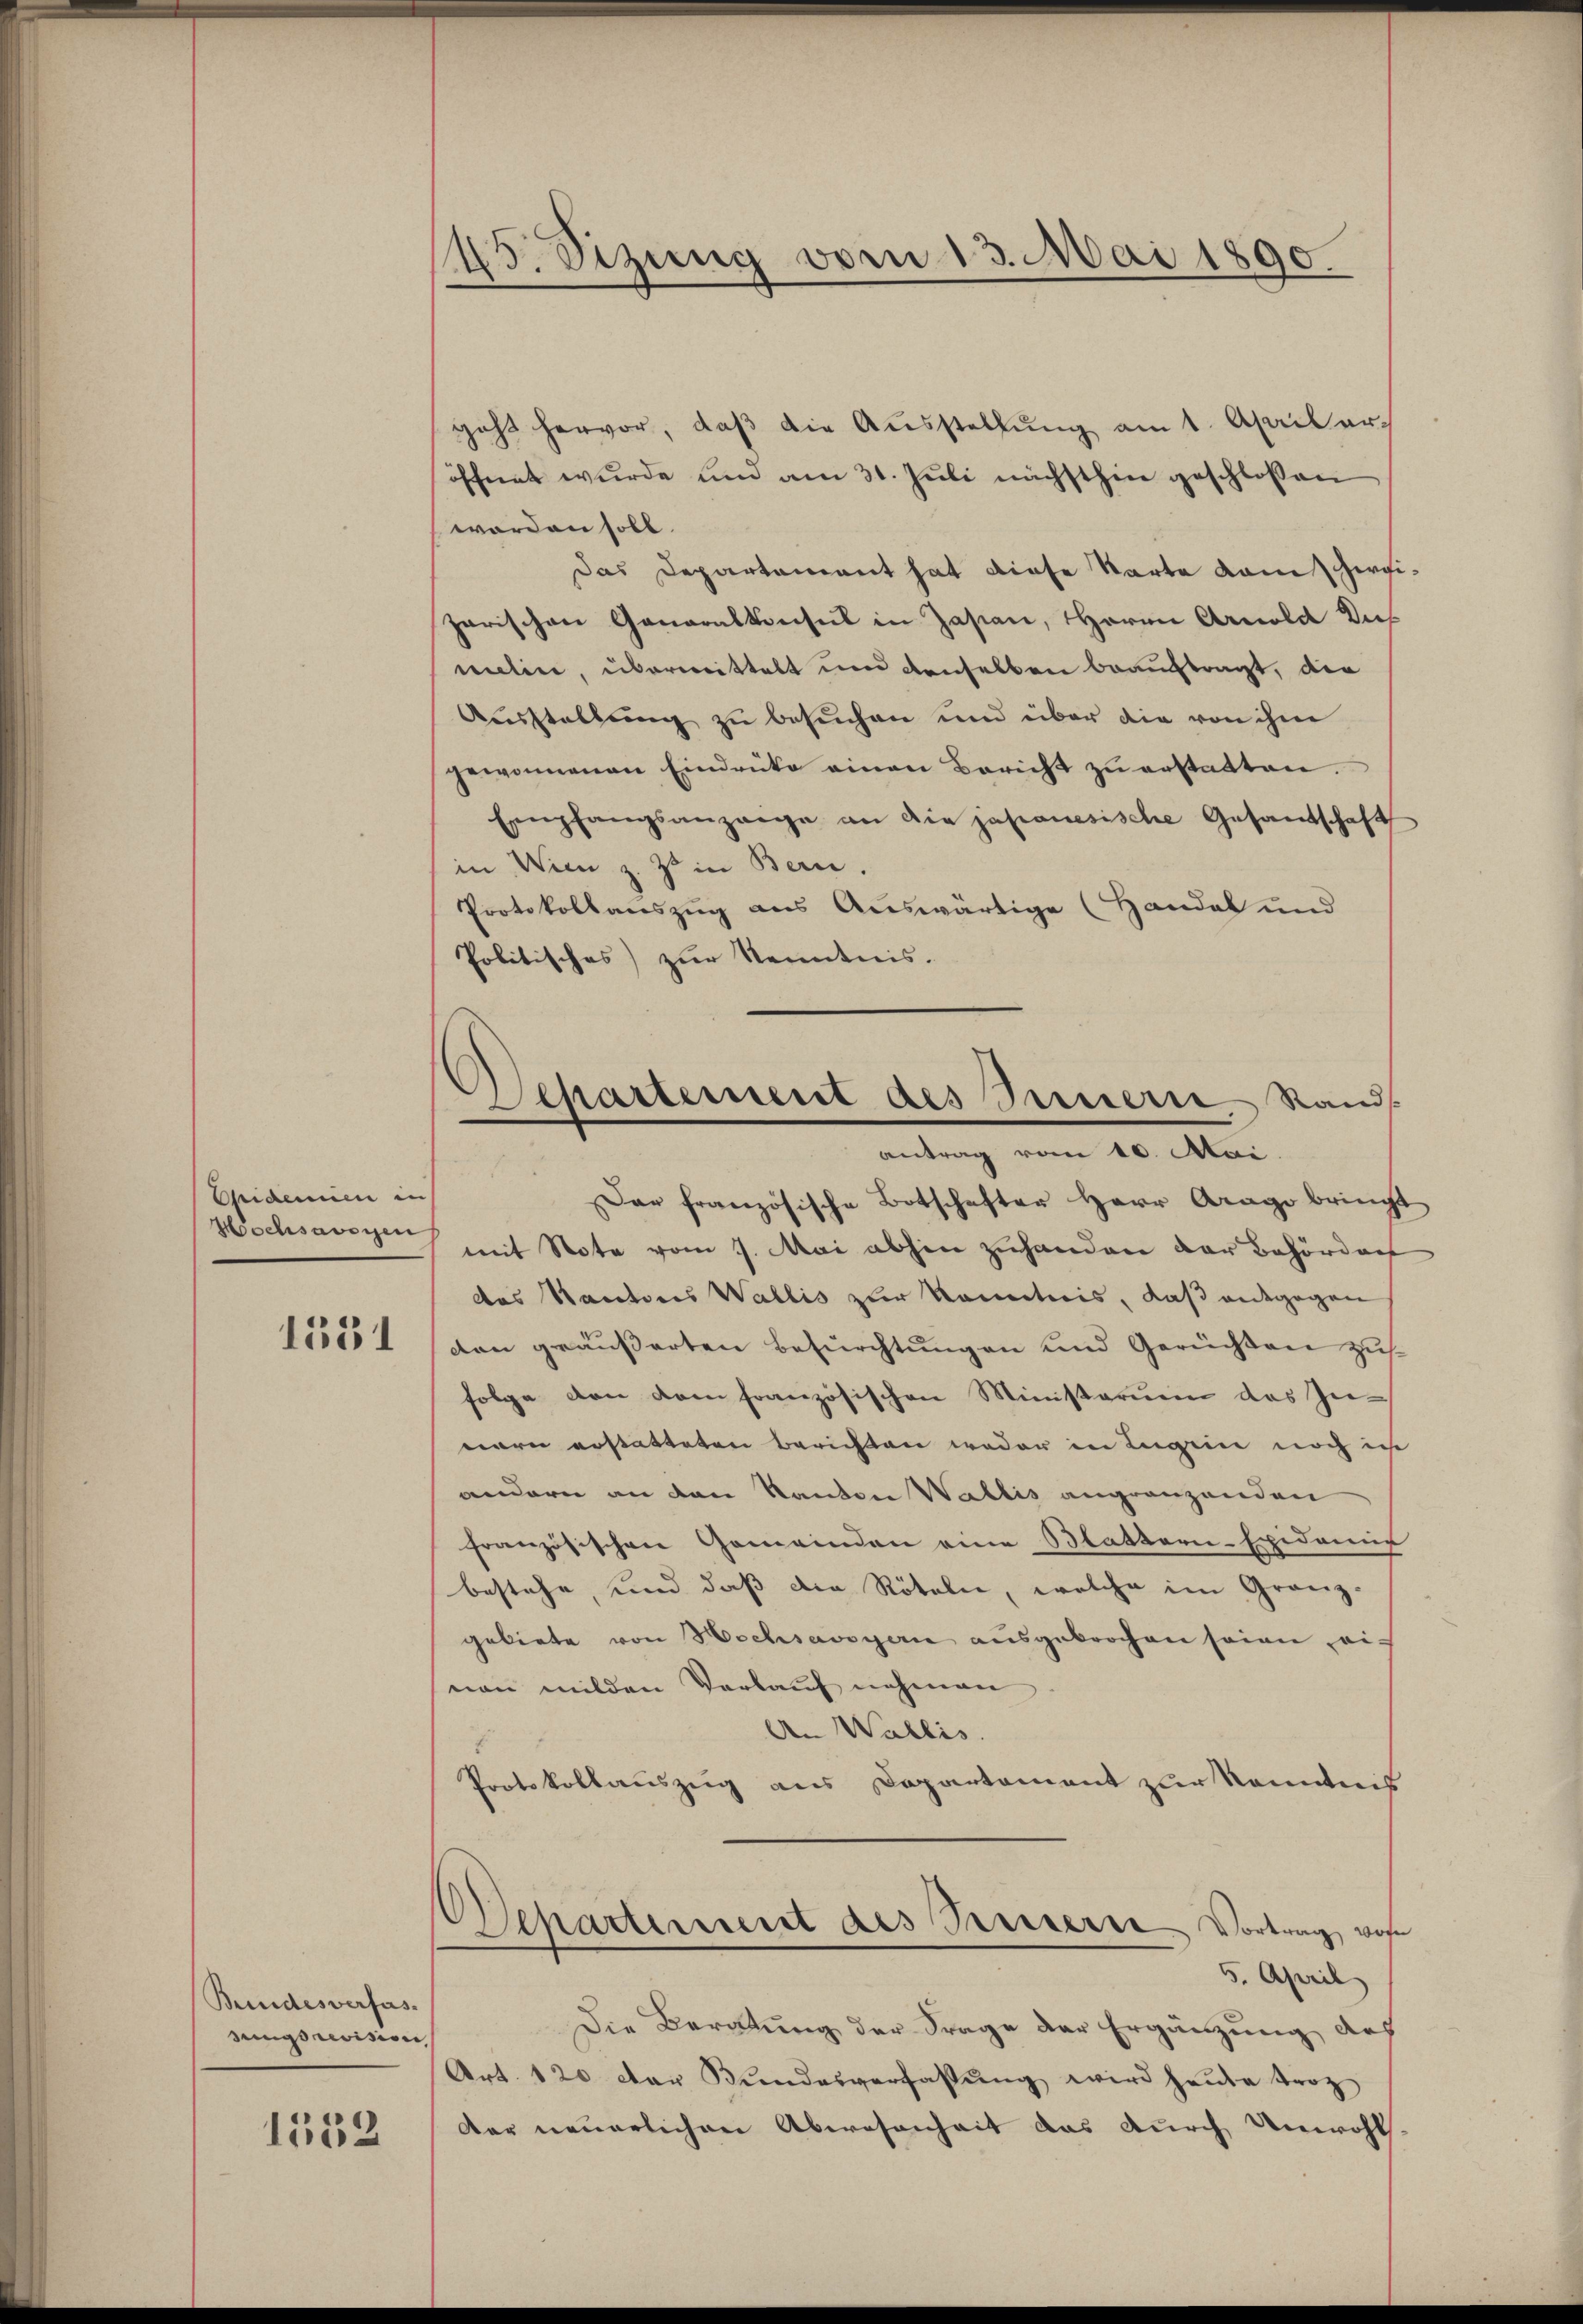
Epidemien in
Hochsavoyen

1331

Bundesverfas
sungsrevision,

1552

45. Sezung vom 13. Mai 1890

geht hervor, daβ die Aŭsstellŭng am 1. April eröffnet wurde und am 31. Juli nächsthin geschlossen
worden soll.
Das Departament hat diese Karte kam herge
garischen Generalkonsul in Zasian, Herrn Arnold Dus
mitire, übermittelt und denselben beauftragt, die
Ausstellung zu besuchen und über die von ihm
gewonnenen Eindrüke einen Bericht zŭ erstatten.
Empfangsanzaige an die japanesische Gesandschaft
in Wien z. Z. in Bern.
Protokollauszug aus Auswärtige (Handel und
Politisches) zŭr Kenntnis.
Das französische Botschafter Herr Arago bringt
mit Note vom 7. Mai abhin zuhanden der Behörder
das Rautoris Wallis zur Kenntnis, daß entgegen
den geäußerten Befürchtungen und Gerüchten zus
folge von dem französischen Ministerium des Innern erstatteten Berichten weder in Lugen noch in
andern an den Kanton Wallis angränzenden
französischen Gemeinden eine Mattern-Epidemis
bestehe, und daß die Röteln, welche im Granz-
gebiete von Hochsavoyen aŭsgebrochen seien ei
non milden Verlauf nehmen
An Wallis.
Protokollauszug aus Departement zur Kenntnis
Departement des Preisern Vortrag von
5. April
Die Beratung der Frage der Ergänzung des
Art. 120 der Bŭndesverfassŭng wird heute troz
der neuerlichen Abwesenheit das durch Unwohl

Separtement des Sereterie Stand
antrag vom 10. Mai.